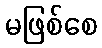
မဖြစ်စေ